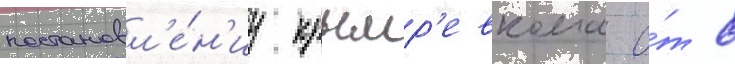
постановл'е́н'иу крымр'евкома о́т 8